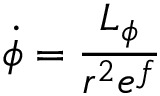
\dot { \phi } = \frac { L _ { \phi } } { r ^ { 2 } e ^ { f } }